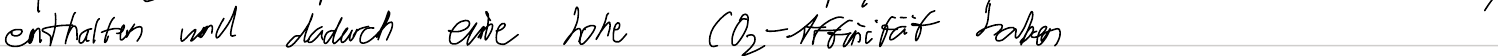
enthalten und dadurch eine hoch CO2-Affinität haben